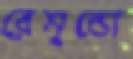
রেমুন্ডো